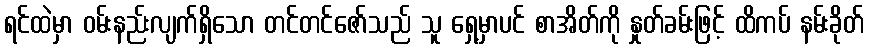
ရင်ထဲမှာ ဝမ်းနည်းလျက်ရှိသော တင်တင်ဇော်သည် သူ ရှေ့မှာပင် စာအိတ်ကို နှုတ်ခမ်းဖြင့် ထိကပ် နမ်းခိုတ်